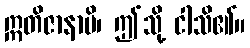
ဣတိဇာနာမိ၊ ဤသို့ ငါသိ၏။